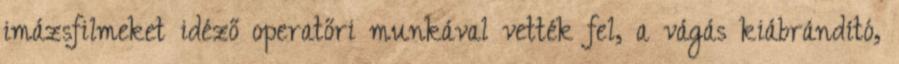
imázsfilmeket idéző operatőri munkával vették fel, a vágás kiábrándító,